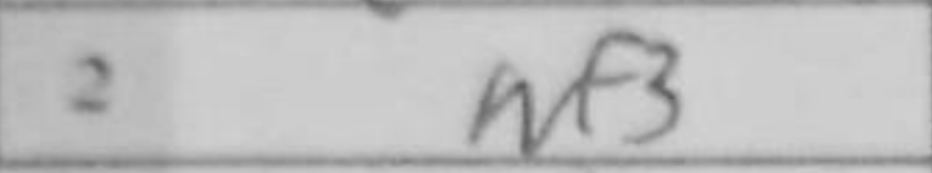
Transcription: Nf3